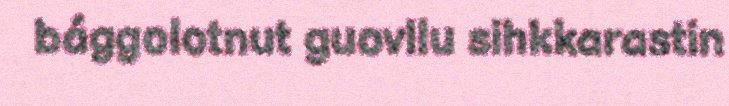
bággolotnut guovllu sihkkarastin